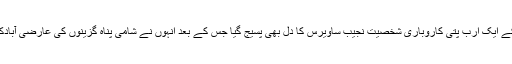
بچے کے سمندر میں منہ کے بل گری نعش کو دیکھ کر مصرکے ایک ارب پتی کاروباری شخصیت نجیب ساویرس کا دل بھی پسیج گیا جس کے بعد انہوں نے شامی پناہ گزینوں کی عارضی آبادکاری کے لیے ایک جزیرہ خریدنے کی خواہش کا اظہار کیا ہے۔